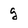
Character: g